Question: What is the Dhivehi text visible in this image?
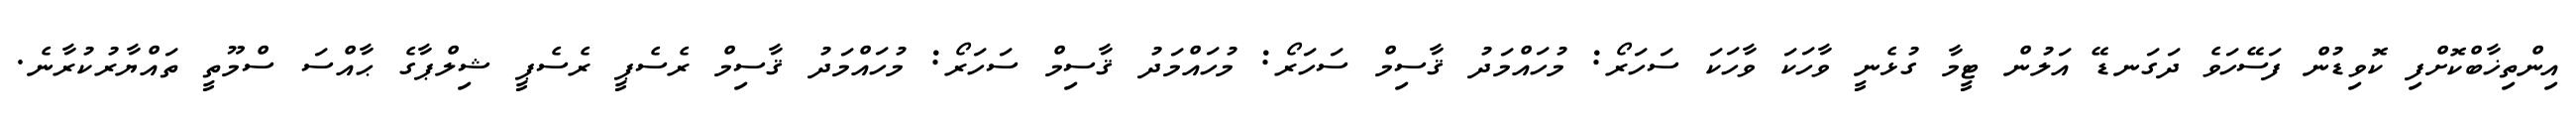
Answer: އިންތިޚާބްކޮށްފި ކޮވިޑުން ފަސޭހަވެ ދަގަނޑޭ އަލުން ޓީމާ ގުޅެނީ ވާހަކަ ވާހަކަ ސަހަރޯ: މުހައްމަދު ޤާސިމް ސަހަރޯ: މުހައްމަދު ޤާސިމް ސަހަރޯ: މުހައްމަދު ޤާސިމް ރެސެޕީ ރެސެޕީ ޝިލްޕާގެ ޙާއްސަ ސްމޫތީ ތައްޔާރުކުރާނެ.